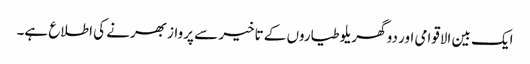
ایک بین الاقوامی اور دو گھریلو طیاروں کے تاخیر سے پرواز بھرنے کی اطلاع ہے۔